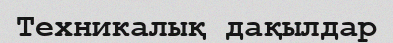
Техникалық дақылдар